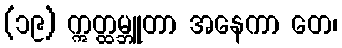
(၁၉) ဣတ္ထမ္ဘူတာ အနေကာ တေ၊